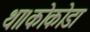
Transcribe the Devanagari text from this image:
था।कोकोडा